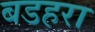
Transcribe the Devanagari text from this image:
बडहरा